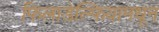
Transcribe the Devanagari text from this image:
फिलाडेल्फियामधून